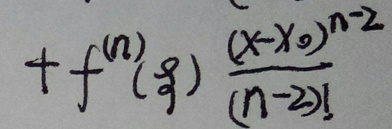
\[ + f^{(n)}(\xi)\frac{(x - x_0)^{n - 2}}{(n - 2)!} \]